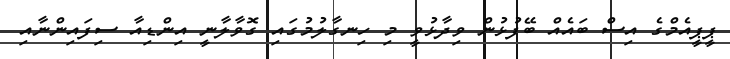
ޕީޕީއެމްގެ އިސް ބައެއް ބޭފުޅުން ވިދާޅުވީ މި ހިނގާލުމުގައި ގޮވާލާނީ އިންޑިއާ ސިފައިންނާއި